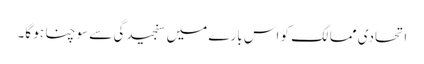
اتحادی ممالک کو اس بارے میں سنجیدگی سے سوچنا ہو گا۔